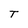
Character: T